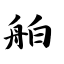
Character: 舶